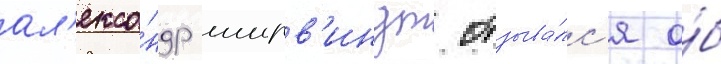
ал'екса́ндр ширв'индт отзыва́лс'я о́б